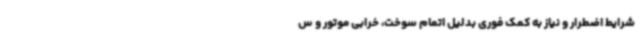
شرایط اضطرار و نیاز به کمک فوری بدلیل اتمام سوخت، خرابی موتور و س